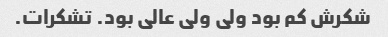
شکرش کم بود ولی ولی عالی بود. تشکرات.